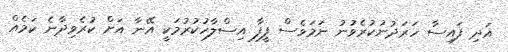
އަދި ފައިސާ ހަރަދުނުކުރެވުނު ނަމަވެސް ފީފާ އިސްލާހުކުރުމަކީ އޭނާ އަށް ކުރެވިދާނެ ކަމެއް